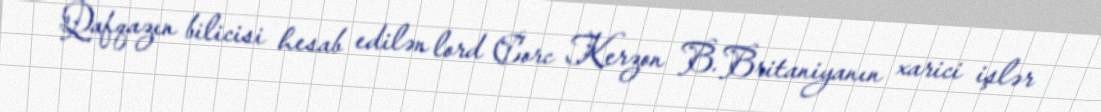
Qafqazın bilicisi hesab edilən lord Corc Kerzon B.Britaniyanın xarici işlər